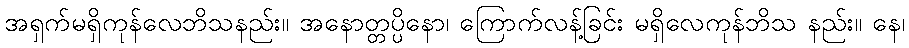
အရှက်မရှိကုန်လေဘိသနည်း။ အနောတ္တပ္ပိနော၊ ကြောက်လန့်ခြင်း မရှိလေကုန်ဘိသ နည်း။ နေ၊